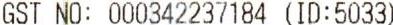
GST NO: 000342237184 (ID:5033)